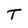
Character: T